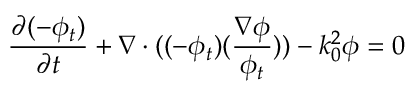
\frac { \partial ( - \phi _ { t } ) } { \partial t } + \nabla \cdot ( ( - \phi _ { t } ) ( \frac { \nabla \phi } { \phi _ { t } } ) ) - k _ { 0 } ^ { 2 } \phi = 0